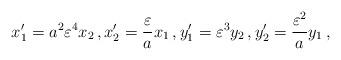
LaTeX: \begin{align*}x_1^\prime = a^2 \varepsilon^4 x_2 \, , x_2^\prime = \frac{\varepsilon}{a} x_1 \, , y_1^\prime = \varepsilon^3 y_2 \, , y_2^\prime = \frac{\varepsilon^2}{a} y_1 \, , \end{align*}